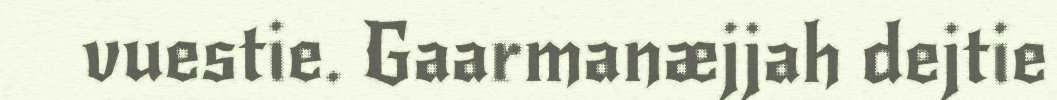
vuestie. Gaarmanæjjah dejtie